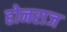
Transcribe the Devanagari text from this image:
होनराज